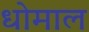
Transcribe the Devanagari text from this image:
धोमाल